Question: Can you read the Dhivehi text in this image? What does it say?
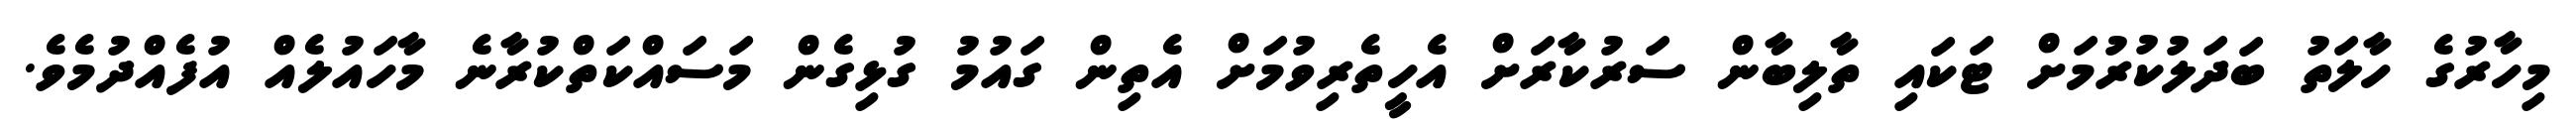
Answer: މިހާރުގެ ހާލަތު ބަދަލުކުރުމަށް ޓަކައި ތާލިބާން ސަރުކާރަށް އެހީތެރިވުމަށް އެތިން ގައުމު ގުޅިގެން މަސައްކަތްކުރާނެ މާހައުލެއް އުފެއްދުމެވެ.